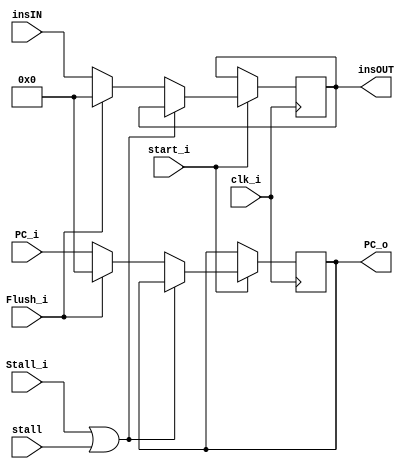
module IFID (
    clk_i,
    start_i,
    stall,
    // in
    insIN,
    PC_i,
    Stall_i,
    Flush_i,
    // out 
    insOUT,
    PC_o
);

input clk_i, start_i, stall;
input Stall_i, Flush_i;
input [31:0] insIN, PC_i;

output [31:0] insOUT, PC_o;

reg [31:0] insOUT, PC_o;

always @(posedge clk_i) begin
    if (start_i) begin
        if (Stall_i | stall) begin
            insOUT <= insOUT;
            PC_o <= PC_o;
        end
        else if (Flush_i) begin
            insOUT <= 0;
            PC_o <= 0;
        end
        else begin
            insOUT <= insIN;
            PC_o <= PC_i;
        end
    end
    else begin
        insOUT <= insOUT;
        PC_o <= PC_o;
    end
        
    
end
endmodule